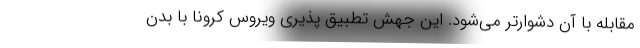
مقابله با آن دشوارتر می‌شود. این جهش تطبیق پذیری ویروس کرونا با بدن